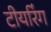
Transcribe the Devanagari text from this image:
टीयरिंग